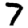
Digit: 7